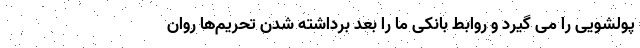
پولشویی را می گیرد و روابط بانکی ما را بعد برداشته شدن تحریم‌ها روان